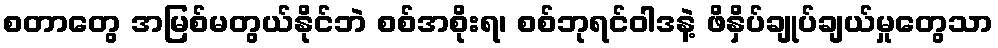
စတာတွေ အမြစ်မတွယ်နိုင်ဘဲ စစ်အစိုးရ၊ စစ်ဘုရင်ဝါဒနဲ့ ဖိနှိပ်ချုပ်ချယ်မှုတွေသာ